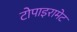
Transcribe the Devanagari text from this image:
टोपाइरामेट